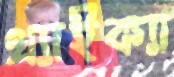
থ্যাইক্যা